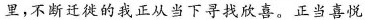
里，不断迁徙的我正从当下寻找欣喜。正当喜悦